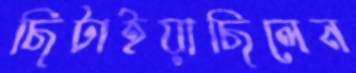
ছিটাইয়াছিলেন